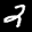
Label: 2